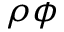
\rho \phi